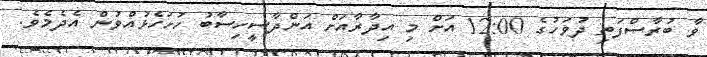
ވާ ބުރާސްފަތި ދުވަހުގެ 12:00 އަށް މި އިދާރާއަށް އަންދާސީހިސާބު ހުށަހެޅުއްވުން އެދެމެވެ.